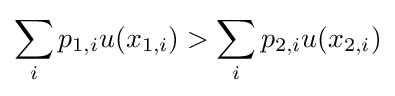
\sum _{i}p_{1,i}u(x_{1,i})>\sum _{i}p_{2,i}u(x_{2,i})